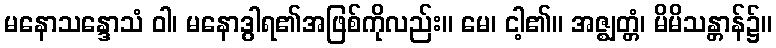
မနောသန္ဒောသံ ဝါ၊ မနောဒွါရ၏အဖြစ်ကိုလည်း။ မေ၊ ငါ့၏။ အဇ္ဈတ္တံ၊ မိမိသန္တာန်၌။